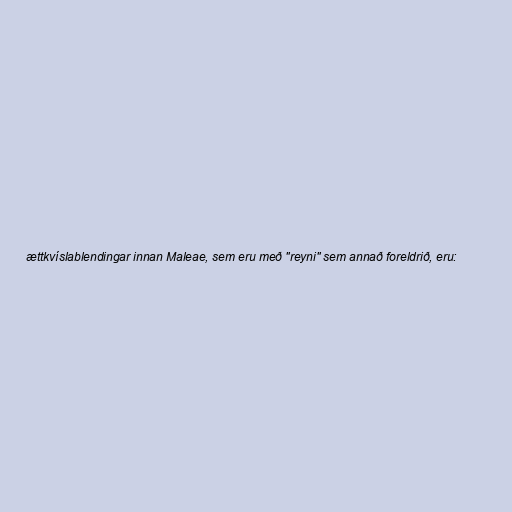
ættkvíslablendingar innan Maleae, sem eru með "reyni" sem annað foreldrið, eru: